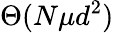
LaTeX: \Theta(N\mu d^{2})